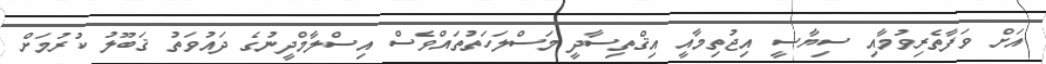
އަށް ވަފާތެރިވުމާއި ސިޔާސީ އިޖުތިމާއީ އިޤްތިސާދީ މަސްލަހަތުތައްވެސް އިސްލާމްދީނުގެ ދައުވަތު ޤަބޫލު ކުރުމަށް